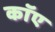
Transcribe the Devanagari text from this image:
काॅए